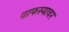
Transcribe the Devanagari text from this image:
वाफस्यावर